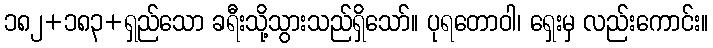
၁၈၂+၁၈၃+ရှည်သော ခရီးသို့သွားသည်ရှိသော်။ ပုရတောဝါ၊ ရှေးမှ လည်းကောင်း။